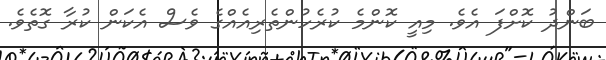
ބަންދު ކޮށްފަ އެވެ. މިއީ ކޮންމެ ކުރެހުންތެރިއެއްގެ ވެސް އެކަން ކުރާ ގޮތެވެ.